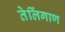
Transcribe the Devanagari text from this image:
तेलिंगाण